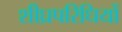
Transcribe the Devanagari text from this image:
शीघ्रपरिधियों